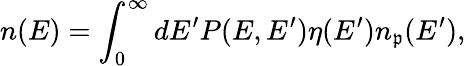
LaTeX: n(E)=\int_{0}^{\infty}dE^{\prime}P(E,E^{\prime})\eta(E^{\prime})n_{\mathfrak{p}}(E^{\prime}),